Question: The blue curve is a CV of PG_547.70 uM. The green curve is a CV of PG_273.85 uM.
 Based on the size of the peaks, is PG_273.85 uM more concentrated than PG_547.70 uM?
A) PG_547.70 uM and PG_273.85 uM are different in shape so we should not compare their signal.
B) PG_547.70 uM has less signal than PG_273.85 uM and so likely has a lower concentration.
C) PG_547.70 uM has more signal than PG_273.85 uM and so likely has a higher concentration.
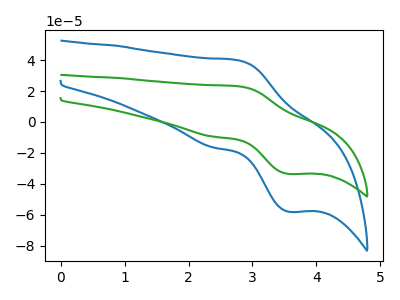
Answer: <think>The blue curve "PG_547.70 uM" has an anodic peak at (2.75V, 39.90uA) and a cathodic peak at (3.55V, -58.05uA). The green curve "PG_273.85 uM" has an anodic peak at (2.75V, 23.10uA) and a cathodic peak at (3.55V, -33.60uA).
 All the peaks in "PG_547.70 uM" have a peak in "PG_273.85 uM" at the same potential. Every peak in "PG_547.70 uM" is higher than every peak in "PG_273.85 uM".</think>
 <answer>C) "PG_547.70 uM" has more signal than "PG_273.85 uM" and so likely has a higher concentration.</answer>
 <eval>C</eval>